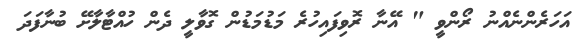
އަހަރެންނެއްނު ރޯންވީ " އޭނާ ރޮވިފައިހުރެ މަޑުމަޑުން ގޮވާލީ ދެން ހުއްޓާލާށޭ ބުނާފަދަ